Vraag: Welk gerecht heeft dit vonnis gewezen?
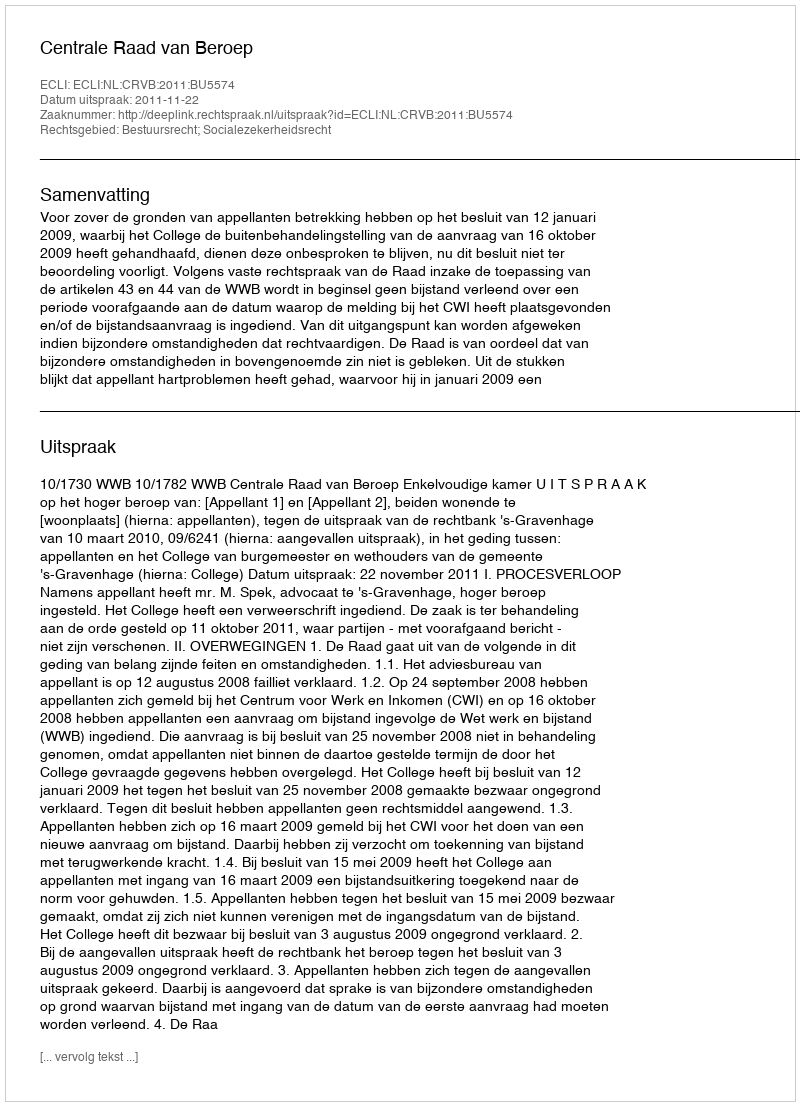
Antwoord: Centrale Raad van Beroep